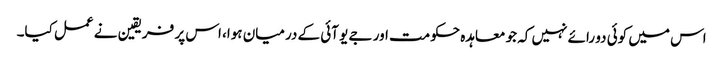
اس میں کوئی دو رائے نہیں کہ جو معاہدہ حکومت اور جے یو آئی کے درمیان ہوا، اس پر فریقین نے عمل کیا۔